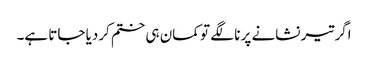
اگر تیر نشانے پر نا لگے تو کمان ہی ختم کردیا جاتا ہے۔